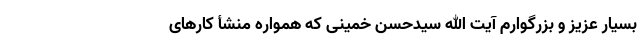
بسیار عزیز و بزرگوارم آیت الله سیدحسن خمینی که همواره منشأ کارهای